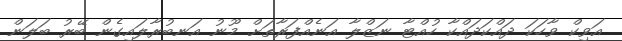
އަވިކް ވާހަކަ ދައްކަދައްކާ ހުއްޓާ ނަޒްލާ އަނެއްފަރާތަށް މޫނު އަނބުރާލައިގެން ބޭރު ބަލަން